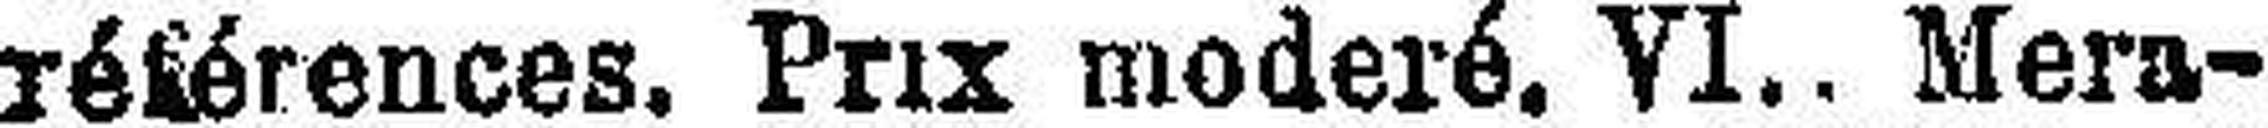
références. Prix moderé. VI.. Mera¬